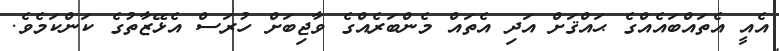
އެއީ އެތައްބައެއްގެ ޙައްޤަށް އަދި އެތައް މެންބަރެއްގެ ވާޖިބަށް ހުރަސް އެޅޭޒާތުގެ ކަންކަމެވެ.